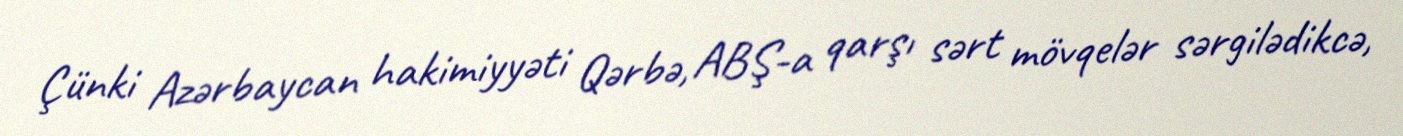
Çünki Azərbaycan hakimiyyəti Qərbə, ABŞ-a qarşı sərt mövqelər sərgilədikcə,